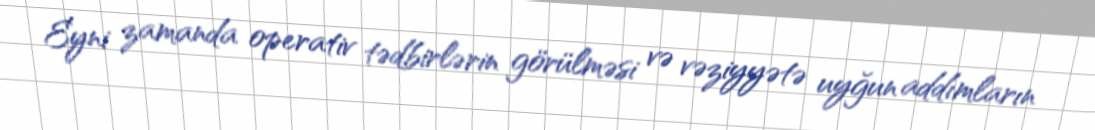
Eyni zamanda operativ tədbirlərin görülməsi və vəziyyətə uyğun addımların